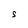
Character: S